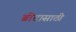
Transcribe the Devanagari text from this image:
ब्रीदासाठी